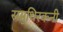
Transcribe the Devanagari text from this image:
समुथिरकनी